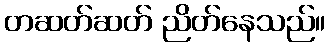
တဆတ်ဆတ် ညိတ်နေသည်။